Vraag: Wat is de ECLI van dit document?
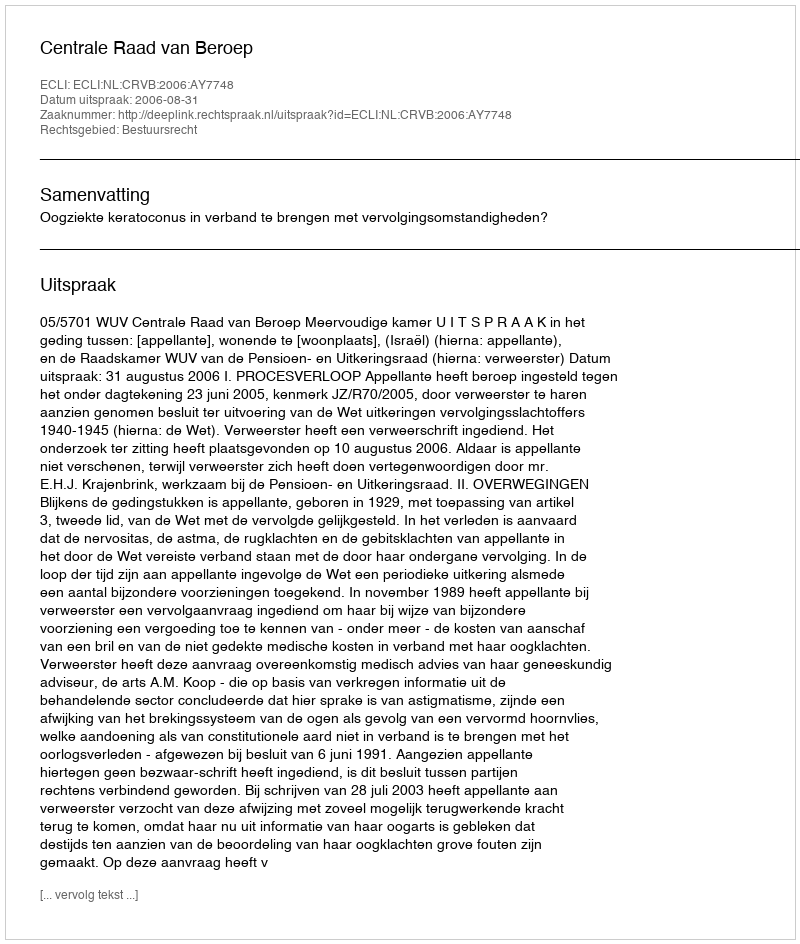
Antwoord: ECLI:NL:CRVB:2006:AY7748